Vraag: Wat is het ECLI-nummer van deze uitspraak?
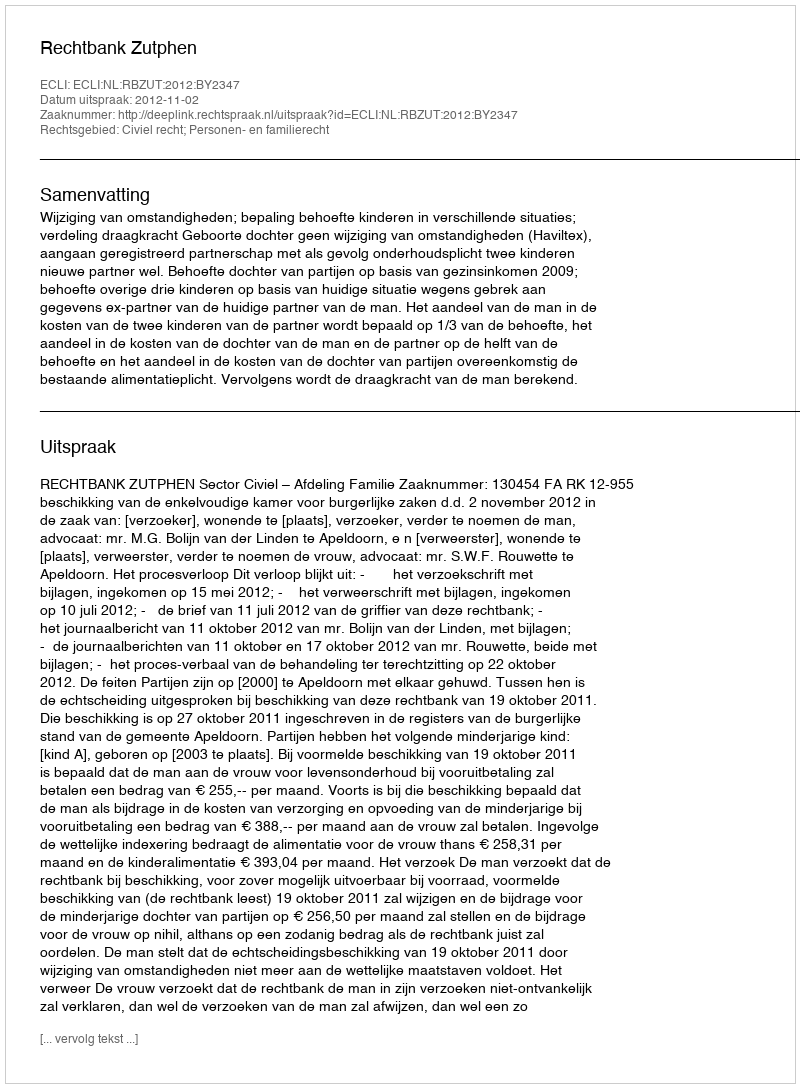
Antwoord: ECLI:NL:RBZUT:2012:BY2347